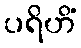
ပရိဟိံ